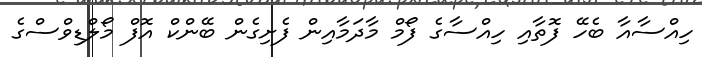
ހިއްސާއާ ބެހޭ ފޮތާއި ހިއްސާގެ ފޯމް މާދަމާއިން ފެށިގެން ބޭންކް އޮފް މޯލްޑިވްސްގެ